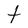
Character: t